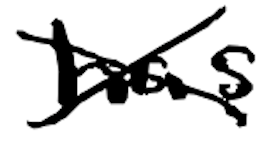
Text: has
Cross-out: cross
Writing tool: digital_black